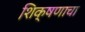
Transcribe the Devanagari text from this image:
शि़क्षणाचा